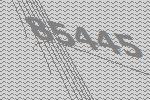
85445